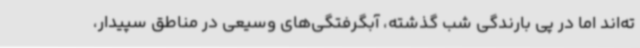
ته‌اند اما در پی بارندگی شب گذشته، آبگرفتگی‌های وسیعی در مناطق سپیدار،